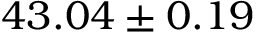
4 3 . 0 4 \pm 0 . 1 9